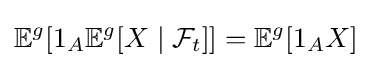
\mathbb {E} ^{g}[1_{A}\mathbb {E} ^{g}[X\mid {\mathcal {F}}_{t}]]=\mathbb {E} ^{g}[1_{A}X]